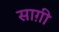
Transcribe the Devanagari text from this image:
साग़ी